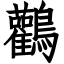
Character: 鸛